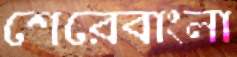
শেরেবাংলা